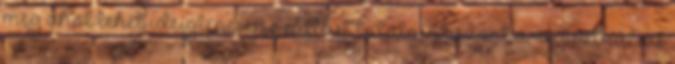
meg ahol lehet ideiglenesen szállást találni. Viszont a regisztrációs